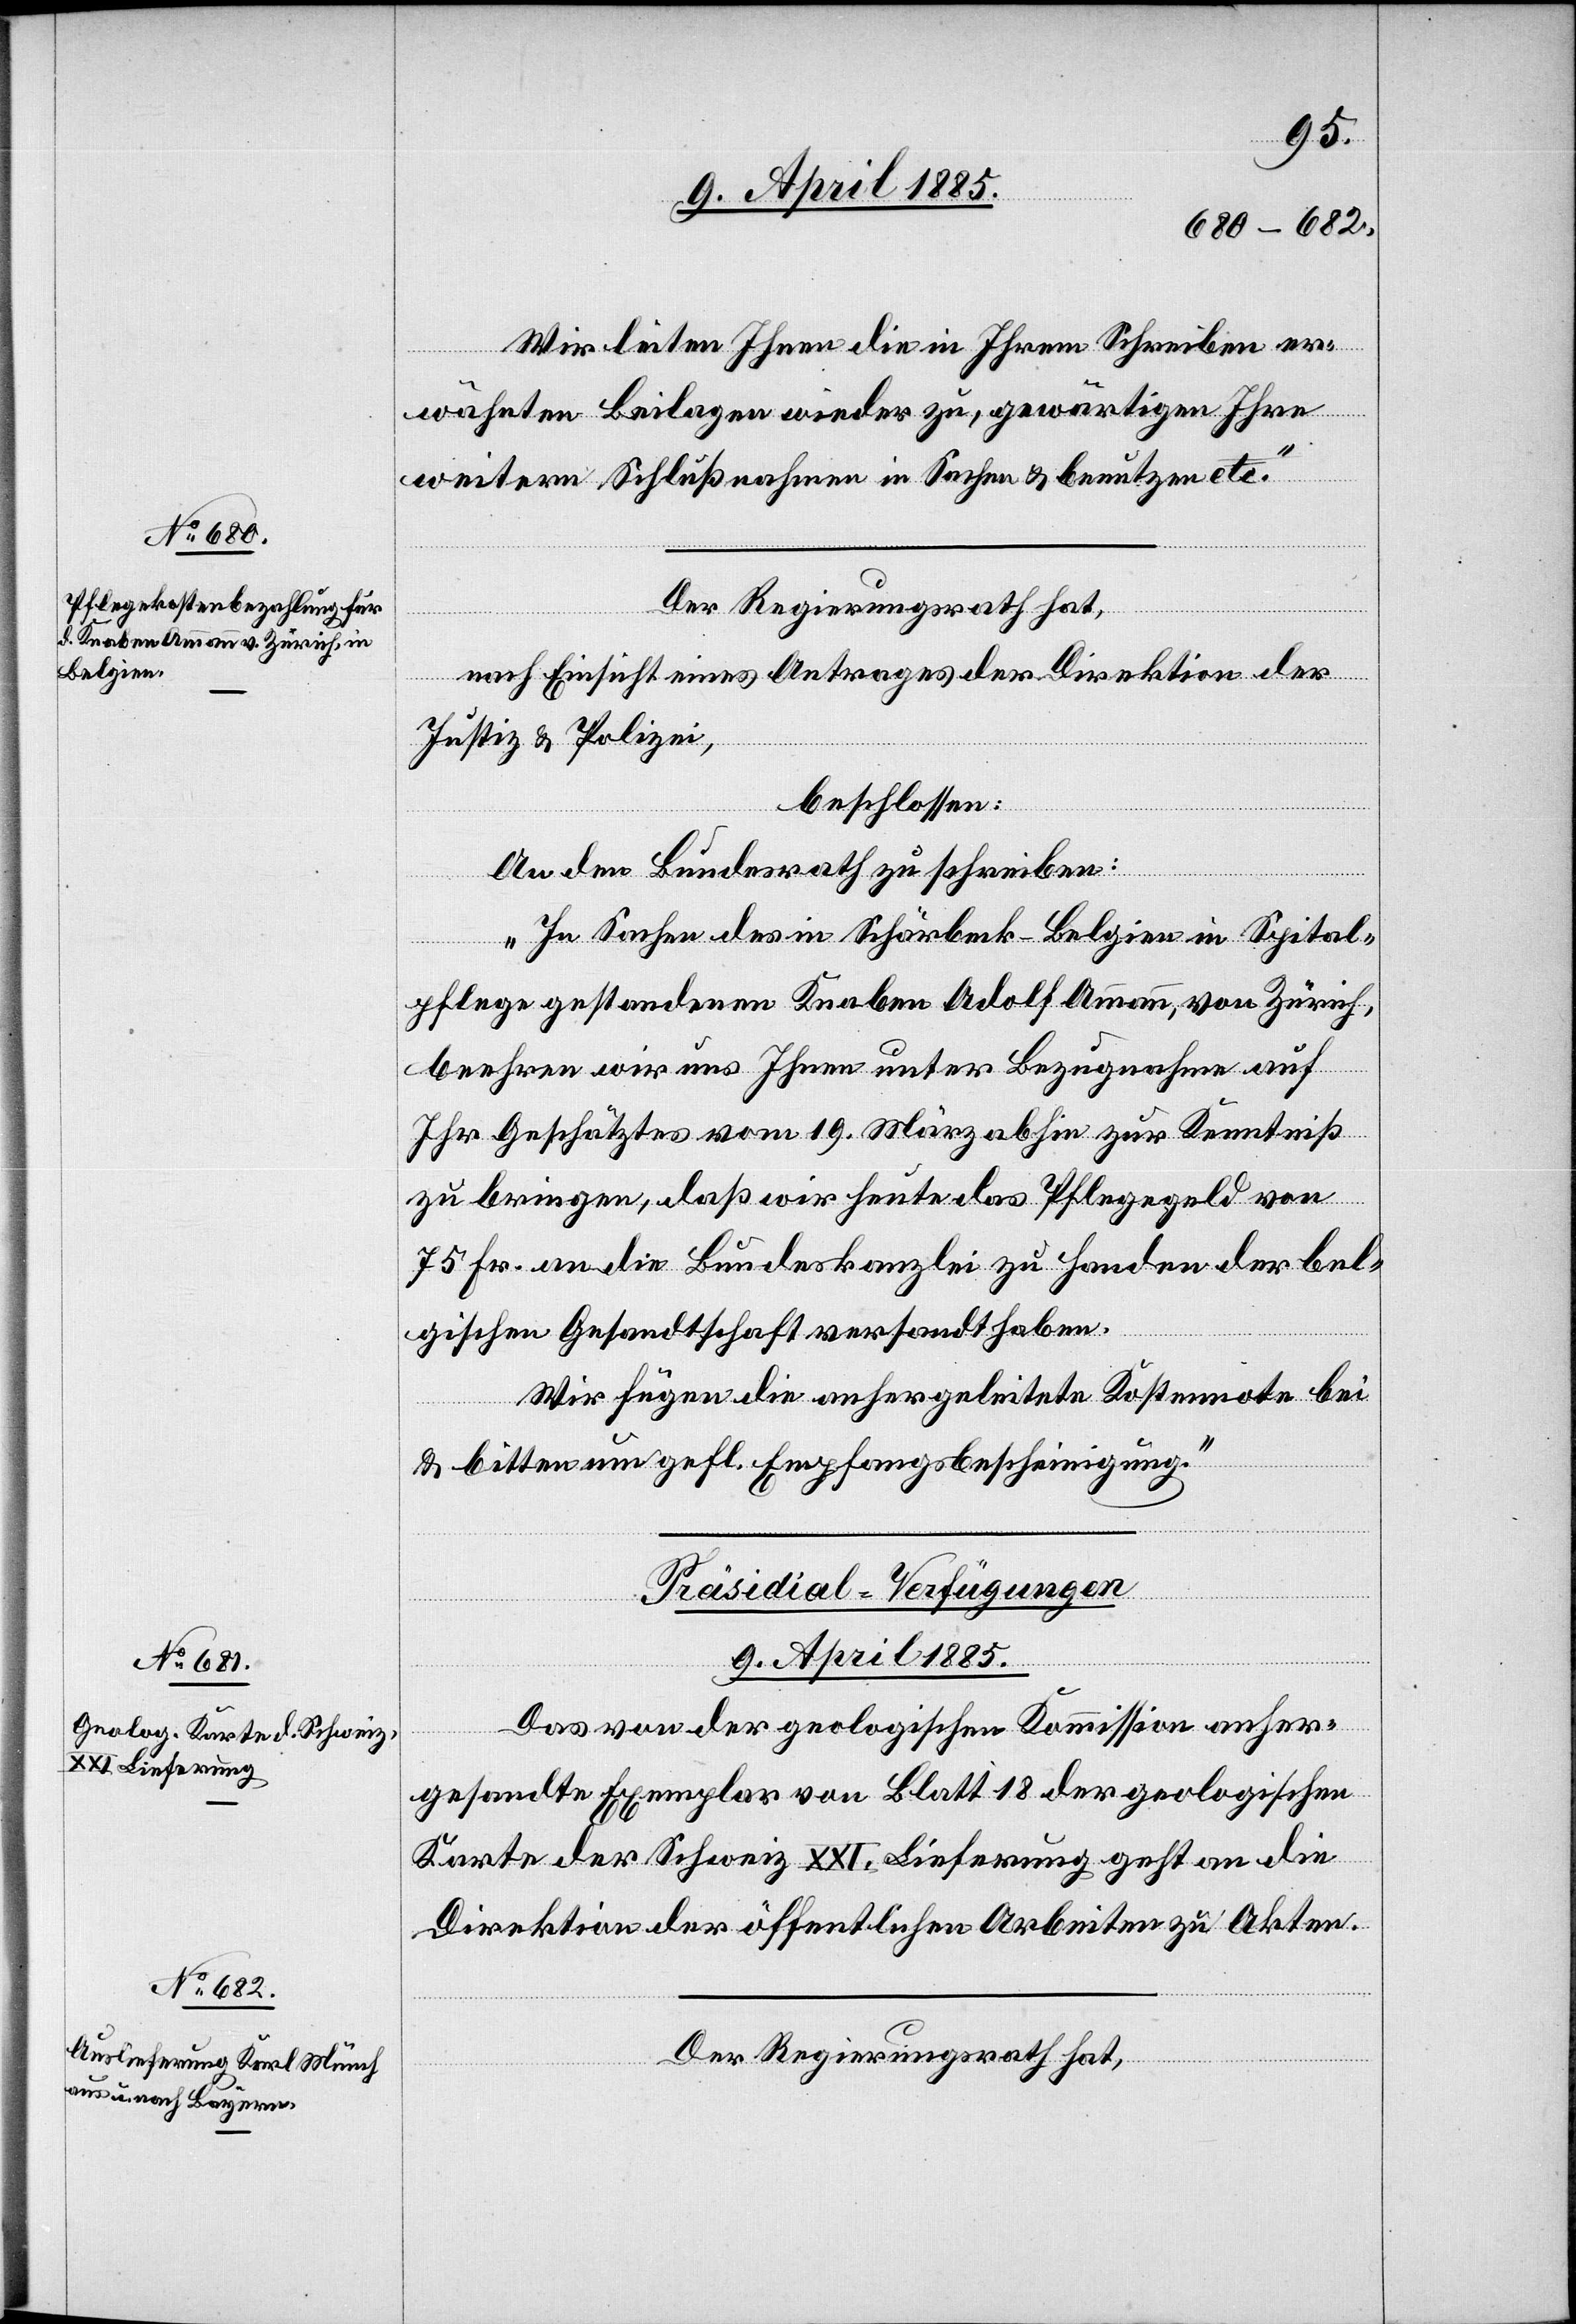
09. April 1885.]
Wir leiten Ihnen die in Ihrem Schreiben er¬
wähnten Beilagen wieder zu, gewärtigen Ihre
weitern Schlußnahmen in Sachen & benutzen etc.“
Der Regierungsrath hat,
nach Einsicht eines Antrages der Direktion der
Justiz & Polizei,
beschlossen:
An den Bundesrath zu schreiben:
„In Sachen des in Schärbeck - Belgien in Spital¬
pflege gestandenen Knaben Adolf Ammann, von Zürich,
beehren wir uns Ihnen unter Bezugnahme auf
Ihr Geschätztes vom 19. März abhin zur Kenntniß
zu bringen, daß wir heute das Pflegegeld von
75 Fr. an die Bundeskanzlei zu Handen der bel¬
gischen Gesandtschaft versandt haben.
Wir fügen die anhergeleitete Kostennote bei
& bitten um gefl. Empfangsbestätigung.“
[Präsidial-Verfügungen.
Das von der geologischen Kommission anher¬
gesandte Exemplar von Blatt 18 der geologischen
Karte der Schweiz XXI. Lieferung geht an die
Direktion der öffentlichen Arbeiten zu Akten.
Der Regierungsrath hat,